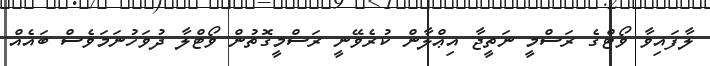
ލާފައިވާ ވޯޓްގެ ރަސްމީ ނަތީޖާ އިޢްލާން ކުރެވޭނީ ރަސްމީގޮތުން ވޯޓްލާ ދުވަހުނަމަވެސް ބައެއް